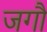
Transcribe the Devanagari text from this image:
जगौ